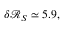
\delta \mathcal { R } _ { S } \simeq 5 . 9 ,